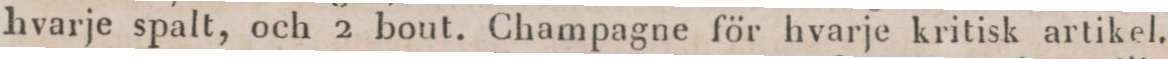
hvarje spalt, och 2 bout. Champagne för hvarje kritisk artikel.